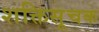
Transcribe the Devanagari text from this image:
शक्तिसूचक